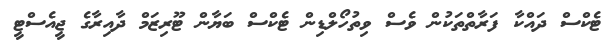
ޓެކްސް ދައްކާ ފަރާތްތަކުން ވެސް ވިތުހޯލްޑިން ޓެކްސް ބަޔާން ޓޫރިޒަމް ދާއިރާގެ ޖީއެސްޓީ